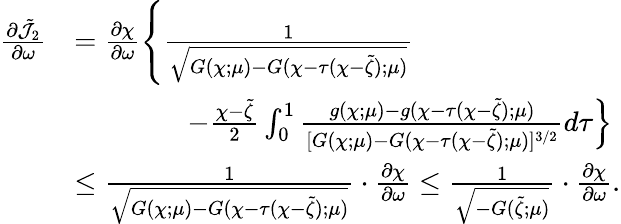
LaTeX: \begin{array}{rl}{\frac{\partial\tilde{\mathcal J}_{2}}{\partial\omega}}&{=\frac{\partial\chi}{\partial\omega}\left\{ \frac{1}{\sqrt{G(\chi;\mu)-G(\chi-\tau(\chi-\tilde{\zeta});\mu)}}\right.}\\ &{\qquad\qquad\left.-\frac{\chi-\tilde{\zeta}}{2}\int_{0}^{1}\frac{g(\chi;\mu)-g(\chi-\tau(\chi-\tilde{\zeta});\mu)}{[G(\chi;\mu)-G(\chi-\tau(\chi-\tilde{\zeta});\mu)]^{3/2}}d\tau\right\} }\\ &{\leq\frac{1}{\sqrt{G(\chi;\mu)-G(\chi-\tau(\chi-\tilde{\zeta});\mu)}}\cdot\frac{\partial\chi}{\partial\omega}\leq\frac{1}{\sqrt{-G(\tilde{\zeta};\mu)}}\cdot\frac{\partial\chi}{\partial\omega}.}\end{array}